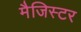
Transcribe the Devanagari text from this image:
मैजिस्टर